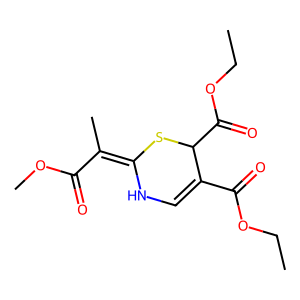
SMILES: CCOC(=O)C1=CNC(=C(C)C(=O)OC)SC1C(=O)OCC
Inhibits HIV replication: No